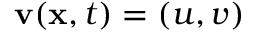
\mathbf { v } ( \mathbf { x } , t ) = ( u , v )